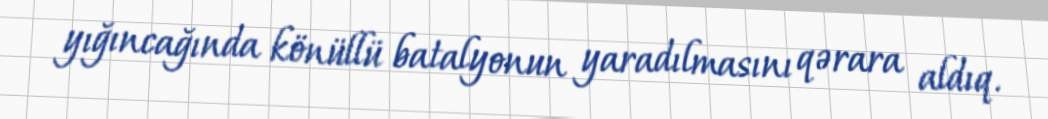
yığıncağında könüllü batalyonun yaradılmasını qərara aldıq.